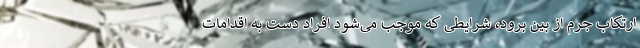
ارتکاب جرم از بین برود، شرایطی که موجب می‌شود افراد دست به اقدامات